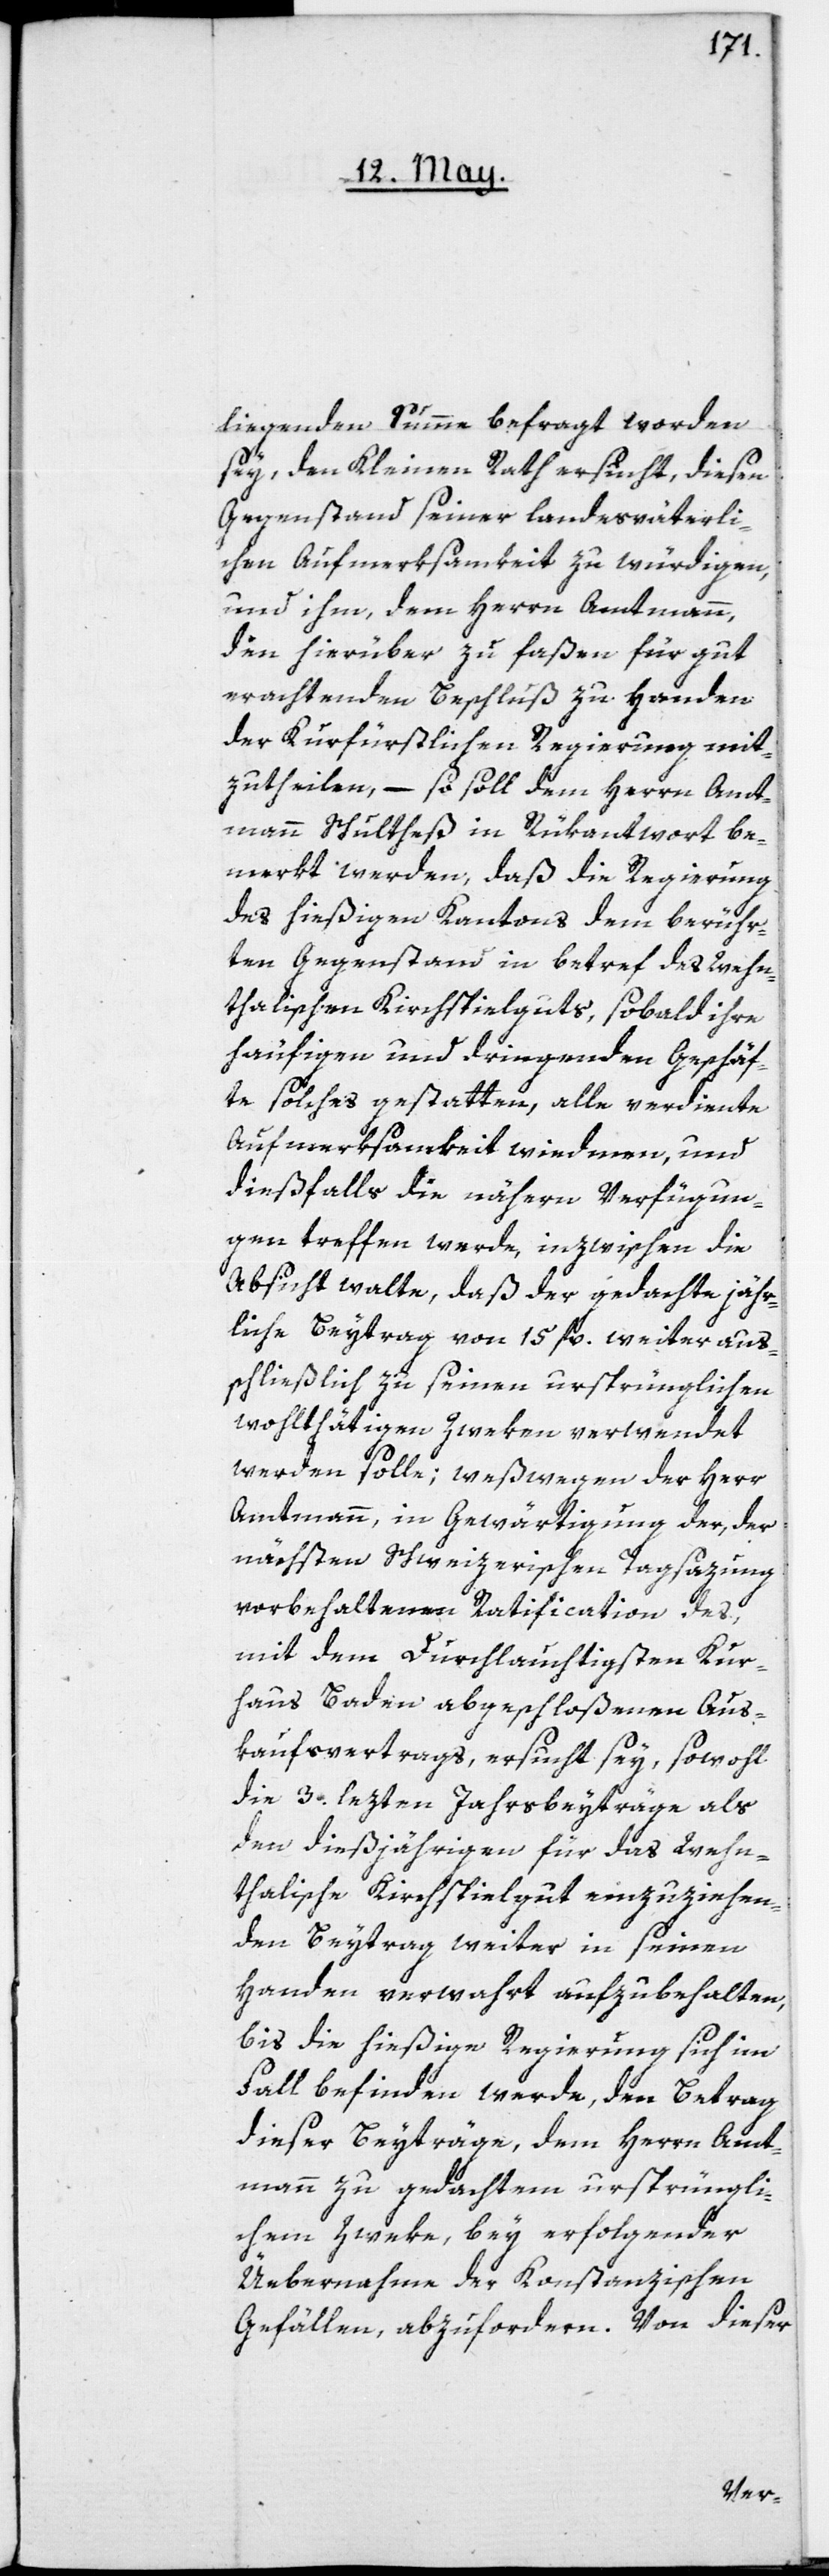
liegenden Summe befragt worden
sey, den Kleinen Rath ersucht, diesen
Gegenstand seiner landesväterli¬
chen Aufmerksamkeit zu würdigen,
und ihm, dem Herrn Amtmann,
den hierüber zu faßen für gut
erachtenden Beschluß zu Handen
der Kurfürstlichen Regierung mit¬
zutheilen, – so soll dem Herrn Amt¬
mann Schultheß in Rükantwort be¬
merkt werden, daß die Regierung
des hießigen Kantons dem berühr¬
ten Gegenstand in betref des Wehn¬
thalischen Kirchspielguts, sobald ihre
häufigen und dringenden Geschäf¬
te solches gestatten, alle verdiente
Aufmerksamkeit widmen, und
dießfalls die nähern Verfügun¬
gen treffen werde, inzwischen die
Absicht walte, daß der gedachte jähr¬
liche Beytrag von 15 fl. weiter aus¬
schließlich zu seinen ursprünglichen
wohlthätigen Zweken verwendet
werden solle; weßwegen der Herr
Amtmann, in Gewärtigung der, der
nächsten Schweizerischen Tagsazung
vorbehaltenen Ratification des,
mit dem Durchlauchtigsten Kur¬
haus Baden abgeschloßenen Aus¬
kaufsvertrags, ersucht sey, sowohl
die 3. lezten Jahrsbeyträge als
den dießjährigen für das Wehn¬
thalische Kirchspielgut einzuziehen¬
den Beytrag weiter in seinen
Handen verwahrt aufzubehalten,
bis die hießige Regierung sich im
Fall befinden werde, den Betrag
dieser Beyträge, dem Herrn Amt¬
mann zu gedachtem ursprüngli¬
chem Zweke, bey erfolgender
Üebernahme der Konstanzischen
Gefällen, abzufordern. Von dieser